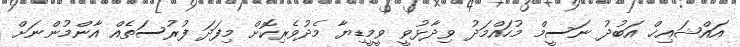
އައްޝައިޚް އަބުދު ނަސީމް މުހައްމަދު ވިދާޅުވީ ވީމީޑިޔާ މެދުވެރިކޮށް މިފަދަ ފުރުސަތެއް އާންމުންނަށް